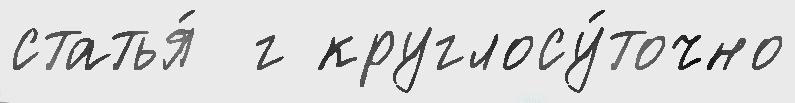
статья́  г круглосу́точно